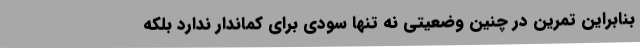
بنابراین تمرین در چنین وضعیتی نه تنها سودی برای کماندار ندارد بلکه